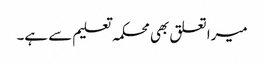
میرا تعلق بھی محکمہ تعلیم سے ہے۔